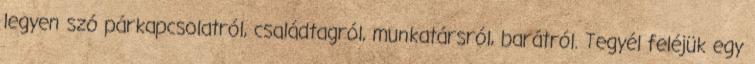
legyen szó párkapcsolatról, családtagról, munkatársról, barátról. Tegyél feléjük egy